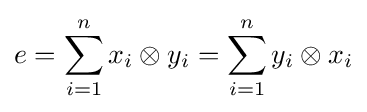
e=\sum _{i=1}^{n}x_{i}\otimes y_{i}=\sum _{i=1}^{n}y_{i}\otimes x_{i}